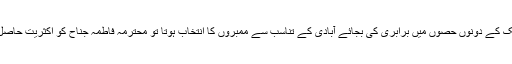
اگر ملک کے دونوں حصوں میں برابری کی بجائے آبادی کے تناسب سے ممبروں کا انتخاب ہوتا تو محترمہ فاطمہ جناح کو اکثریت حاصل ہوتی۔